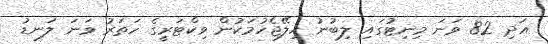
އަދި 82 ވަނަ މިނިޓުގައި ލިބުނު ހިލޭޖެހުމަކުން ވިކްޓަރީގެ ހަތަރު ވަނަ ލަނޑު